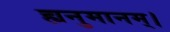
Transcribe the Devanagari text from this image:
ह्यनुमानम्।